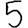
Digit: 5